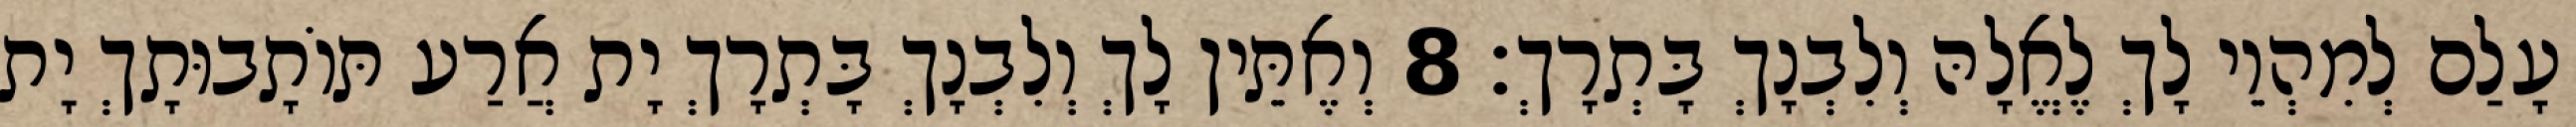
עָלַם לְמִהְוֵי לָךְ לֶאֱלָהּ וְלִבְנָךְ בָּתְרָךְ׃ 8 וְאֶתֵּין לָךְ וְלִבְנָךְ בָּתְרָךְ יָת אֲרַע תּוֹתָבוּתָךְ יָת